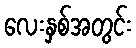
လေးနှစ်အတွင်း